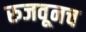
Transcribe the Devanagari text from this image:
रुजवूनच